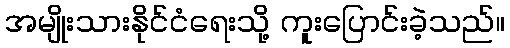
အမျိုးသားနိုင်ငံရေးသို့ ကူးပြောင်းခဲ့သည်။